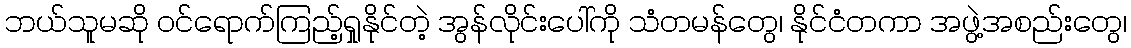
ဘယ်သူမဆို ဝင်ရောက်ကြည့်ရှုနိုင်တဲ့ အွန်လိုင်းပေါ်ကို သံတမန်တွေ၊ နိုင်ငံတကာ အဖွဲ့အစည်းတွေ၊